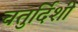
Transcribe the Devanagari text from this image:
चतुर्दिशी